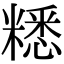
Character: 䊝